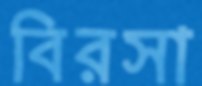
বিরসা